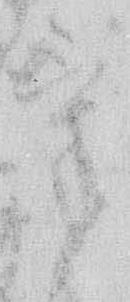
け